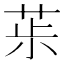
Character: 𦯝